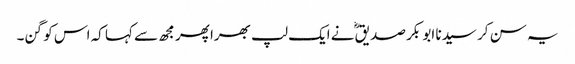
یہ سن کر سیدنا ابو بکر صدیقؓ نے ایک لپ بھرا پھر مجھ سے کہا کہ اس کو گن۔